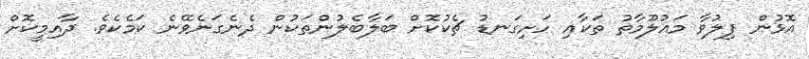
އޮޅުން ފިލުވާ މައުލޫމާތު ތަކާއި ހަށިގަނޑު ޗެކުކޮށް ބަލާބެލުންތަކުން ދެނެގަނެވޭނެ ކަމެކެވެ. ދާއިމީކޮށް